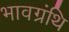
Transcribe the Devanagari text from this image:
भावग्रंथि